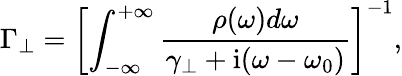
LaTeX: \Gamma_{\perp}=\left[\int_{-\infty}^{+\infty}\frac{\rho(\omega)d\omega}{\gamma_{\perp}+\mathrm{i}(\omega-\omega_{0})}\right]^{-1},